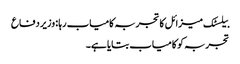
بیلسٹک میزائل کا تجربہ کامیاب رہا : وزیر دفاع
تجربہ کو کامیاب بتایا ہے۔